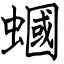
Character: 蟈